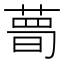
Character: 𦷹